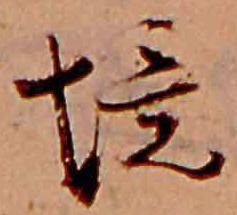
境